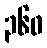
၃၆၀